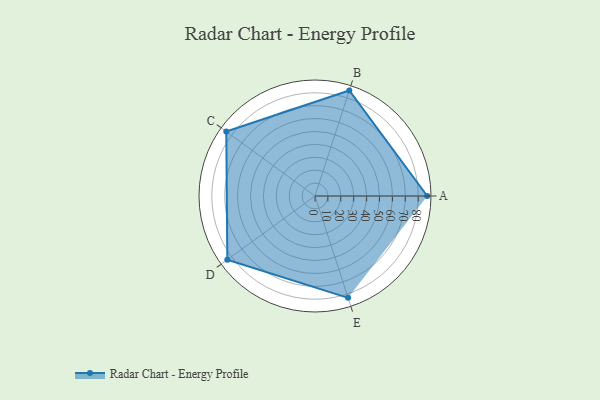
{"axis": {"x": "Skill", "y": "Score"}, "legend": ["Profile"], "data": [{"x": "A", "y": 87.0, "type": "Profile"}, {"x": "B", "y": 86.0, "type": "Profile"}, {"x": "C", "y": 85.0, "type": "Profile"}, {"x": "D", "y": 84.0, "type": "Profile"}, {"x": "E", "y": 83.0, "type": "Profile"}]}